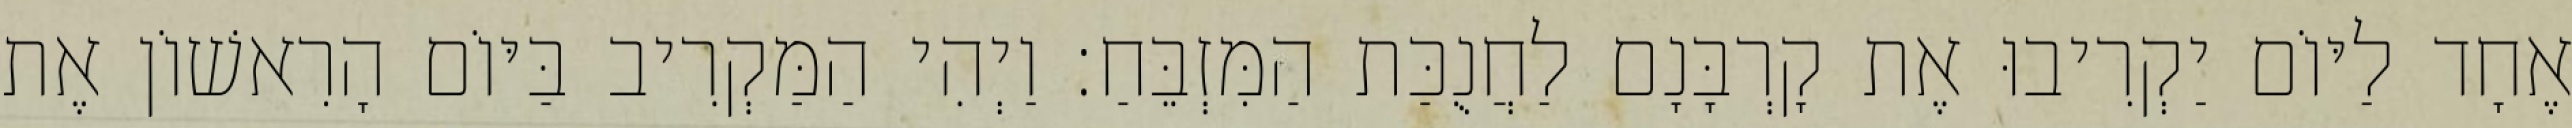
אֶחָד לַיּוֹם יַקְרִיבוּ אֶת קָרְבָּנָם לַחֲנֻכַּת הַמִּזְבֵּחַ׃ וַיְהִי הַמַּקְרִיב בַּיּוֹם הָרִאשׁוֹן אֶת